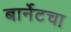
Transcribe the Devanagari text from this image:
बार्नेटचा